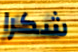
شكرا